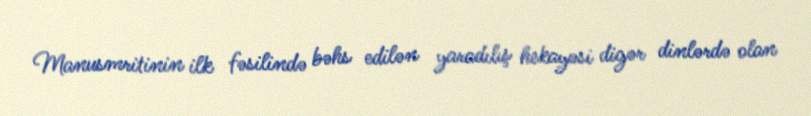
Manusmritinin ilk fəsilində bəhs edilən yaradılış hekayəsi digər dinlərdə olan